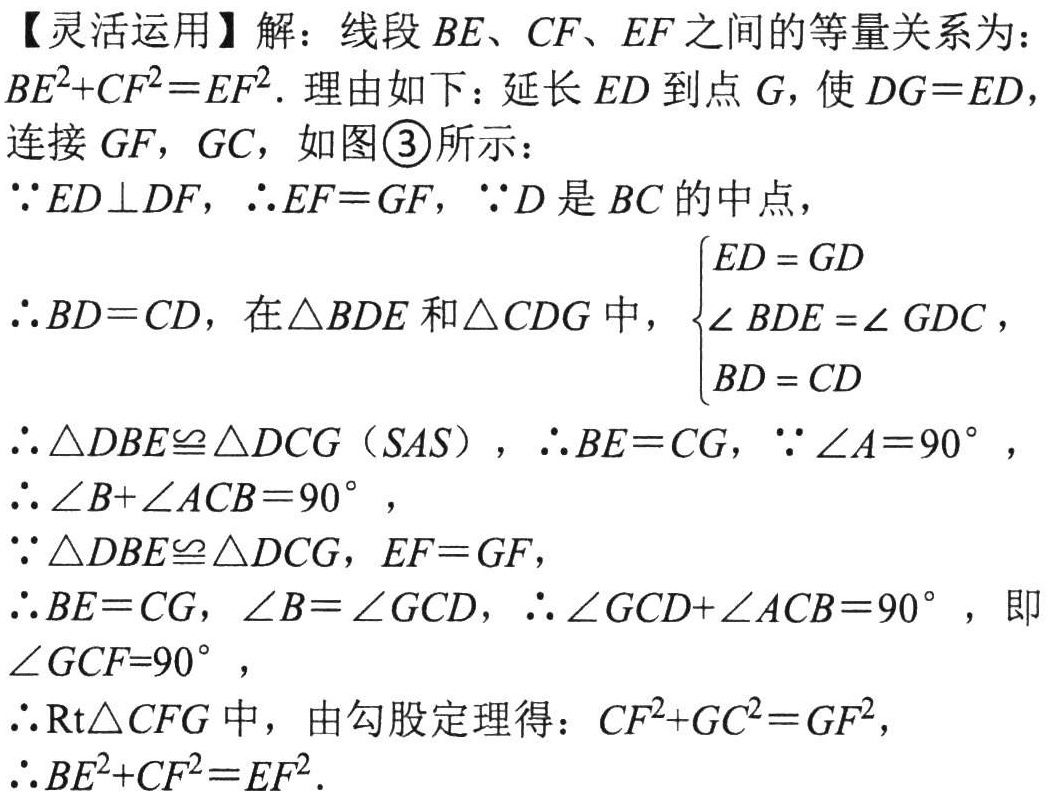
【灵活运用】解：线段 \(BE\)、\(CF\)、\(EF\) 之间的等量关系为：\(BE^{2}+CF^{2}=EF^{2}\). 理由如下：延长 \(ED\) 到点 \(G\)，使 \(DG = ED\)，连接 \(GF\)，\(GC\)，如图\(\textcircled{3}\)所示：

\(\because ED\perp DF\)，\(\therefore EF = GF\)，\(\because D\) 是 \(BC\) 的中点，

\(\therefore BD = CD\)，在 \(\triangle BDE\) 和 \(\triangle CDG\) 中，\(\begin{cases}ED = GD\\\angle BDE=\angle GDC\\BD = CD\end{cases}\)

\(\therefore\triangle DBE\cong\triangle DCG\)（\(SAS\)），\(\therefore BE = CG\)，\(\because\angle A = 90^{\circ}\)，

\(\therefore\angle B+\angle ACB = 90^{\circ}\)，

\(\because\triangle DBE\cong\triangle DCG\)，\(EF = GF\)，

\(\therefore BE = CG\)，\(\angle B=\angle GCD\)，\(\therefore\angle GCD+\angle ACB = 90^{\circ}\)，即 \(\angle GCF = 90^{\circ}\)，

\(\therefore\text{Rt}\triangle CFG\) 中，由勾股定理得：\(CF^{2}+GC^{2}=GF^{2}\)，

\(\therefore BE^{2}+CF^{2}=EF^{2}\).